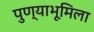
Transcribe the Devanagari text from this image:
पुण्याभूमिला